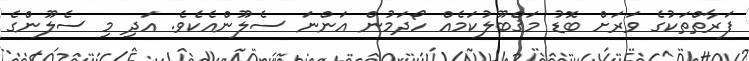
ފަރާތްތަކުގެ ވަރަށް ބޮޑު މަޤްބޫލުކަމެއް ހޯދަމުން އަންނަ ސެލޫންއެކެވެ. އަދި މި ސެލޫންގެ